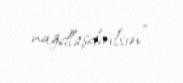
nağdlaşdırılsın”.